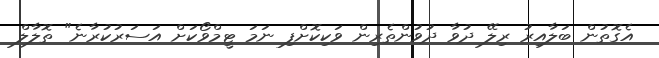
އެގޮތުން ބަލާއިރު ރިލޭ ދުވާ ދުވުންތެރިން ވަކިކޮށްފި ނަމަ ޓީމްވޯކަށް އަސަރުކުރާނެ" ތޮލާލް